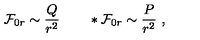
{ \cal F } _ { 0 r } \sim { \frac { Q } { r ^ { 2 } } } \qquad * { \cal F } _ { 0 r } \sim { \frac { P } { r ^ { 2 } } } \ ,